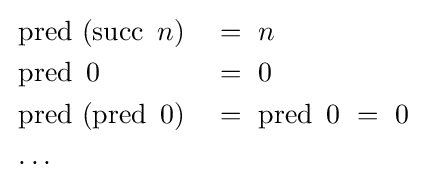
{\begin{aligned}&\operatorname {pred} \ (\operatorname {succ} \ n)&&=\ n\\&\operatorname {pred} \ 0&&=\ 0\\&\operatorname {pred} \ (\operatorname {pred} \ 0)&&=\ \operatorname {pred} \ 0\ =\ 0\\&\ldots \end{aligned}}